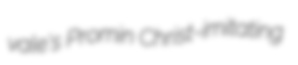
vale's Promin Christ-imitating